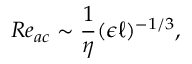
R e _ { a c } \sim \frac { 1 } { \eta } ( \epsilon \ell ) ^ { - 1 / 3 } ,